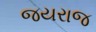
જયરાજ